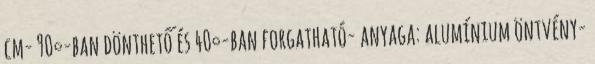
cm- 90°-ban dönthető és 40°-ban forgatható- anyaga: alumínium öntvény-